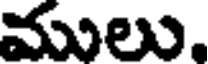
ములు,